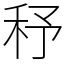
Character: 𥝱